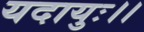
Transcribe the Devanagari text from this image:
यदायुः।।